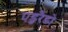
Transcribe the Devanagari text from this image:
एडुरैडो